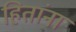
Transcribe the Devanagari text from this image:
हितांना